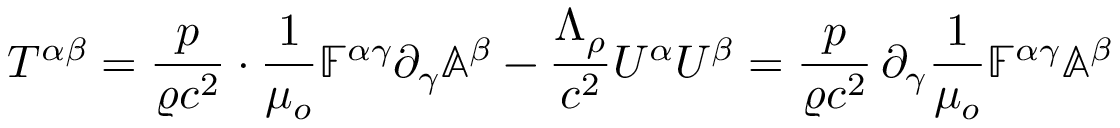
T ^ { \alpha \beta } = \frac { p } { \varrho c ^ { 2 } } \cdot \frac { 1 } { \mu _ { o } } \mathbb { F } ^ { \alpha \gamma } \partial _ { \gamma } \mathbb { A } ^ { \beta } - \frac { \Lambda _ { \rho } } { c ^ { 2 } } U ^ { \alpha } U ^ { \beta } = \frac { p } { \varrho c ^ { 2 } } \, \partial _ { \gamma } \frac { 1 } { \mu _ { o } } \mathbb { F } ^ { \alpha \gamma } \mathbb { A } ^ { \beta }